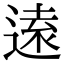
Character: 逺